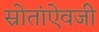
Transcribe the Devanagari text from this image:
स्रोतांऐवजी